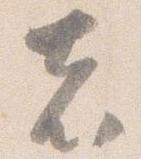
者